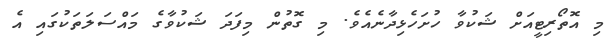
މި އޮތޯރިޓީއަށް ޝަކުވާ ހުށަހެޅިދާނެއެވެ. މި ގޮތުން މިފަދަ ޝަކުވާގެ މައްސަލަތަކުގައި އެ